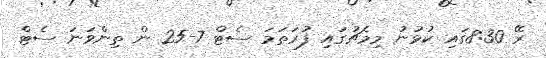
ރޭ 8:30ގައި ކުޅުނު މިމެޗުގައި ފުރަތަމަ ސެޓް 7-25 ން ތިންވަނަ ސެޓް